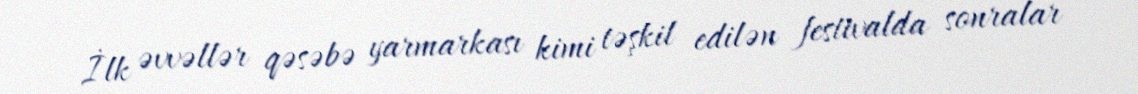
İlk əvvəllər qəsəbə yarmarkası kimi təşkil edilən festivalda sonralar